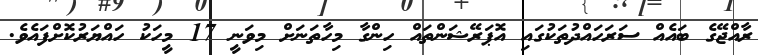
ރާއްޖޭގެ ބައެއް ސަރަހައްދުތަކުގައި އޮޕަރޭޝަންތައް ހިންގާ މިހާތަނަށް މިވަނީ 17 މީހަކު ހައްޔަރުކޮށްފައެވެ.